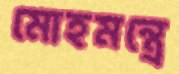
মোহমন্ত্রে